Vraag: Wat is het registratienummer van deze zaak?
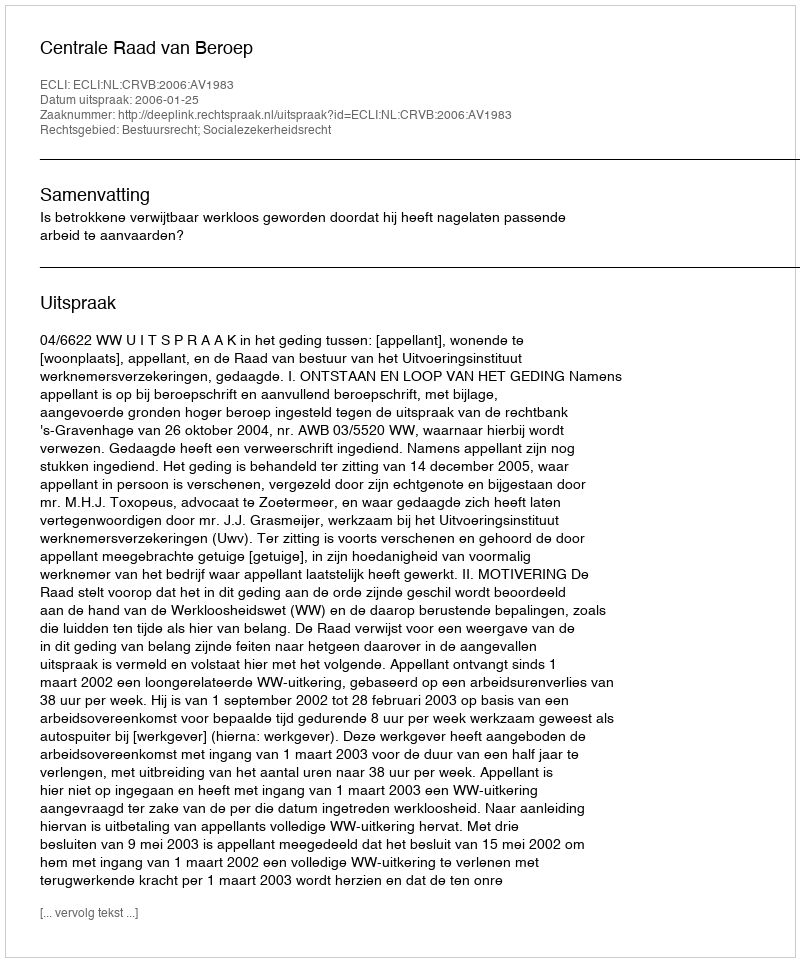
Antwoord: http://deeplink.rechtspraak.nl/uitspraak?id=ECLI:NL:CRVB:2006:AV1983